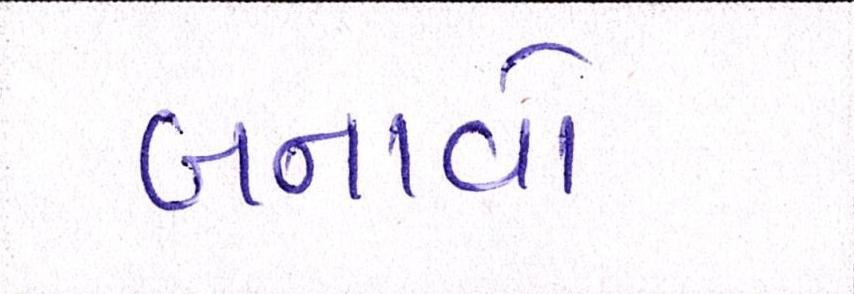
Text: બનાવો